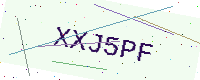
Text: XXJ5PF